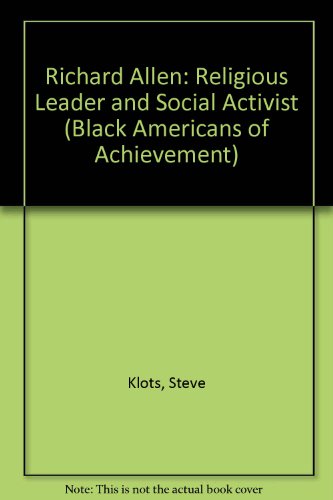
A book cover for Richard Allen (Baa)(Oop) (Black Americans of Achievement); Steve Klots; Teen & Young Adult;